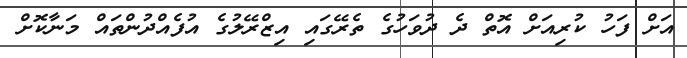
އަށް ފަހު ކުރިއަށް އޮތް ދެ ދުވަހުގެ ތެރޭގައި އިޒްރޭލުގެ އުފެއްދުންތައް މަނާކޮށް